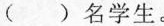
( )名学生。